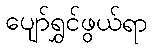
ပျော်ရွှင်ဖွယ်ရာ